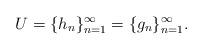
LaTeX: \begin{align*}U=\overline{}\{h_n\}_{n=1}^{\infty}=\overline{}\{g_n\}_{n=1}^{\infty}.\end{align*}